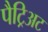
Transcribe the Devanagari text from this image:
पैट्रिअट